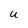
Character: U